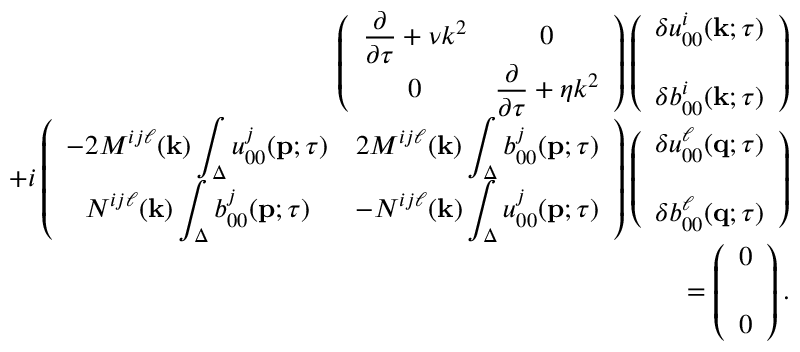
\begin{array} { r l r } & { } & { { \everymath { \displaystyle } \left( { \begin{array} { c c } { \frac { \partial } { \partial \tau } + \nu k ^ { 2 } } & { 0 } \\ { 0 } & { \frac { \partial } { \partial \tau } + \eta k ^ { 2 } } \end{array} } \right) } \left( { \begin{array} { c c } { \delta u _ { 0 0 } ^ { i } ( { \bf { k } } ; \tau ) } \\ { \delta b _ { 0 0 } ^ { i } ( { \bf { k } } ; \tau ) \rule { 0 ex } { 5 ex } } \end{array} } \right) } \\ & { } & { { \everymath { \displaystyle } + i \left( { \begin{array} { c c } { - 2 M ^ { i j \ell } ( { \bf { k } } ) \int _ { \Delta } u _ { 0 0 } ^ { j } ( { \bf { p } } ; \tau ) } & { 2 M ^ { i j \ell } ( { \bf { k } } ) \int _ { \Delta } b _ { 0 0 } ^ { j } ( { \bf { p } } ; \tau ) } \\ { N ^ { i j \ell } ( { \bf { k } } ) \int _ { \Delta } b _ { 0 0 } ^ { j } ( { \bf { p } } ; \tau ) } & { - N ^ { i j \ell } ( { \bf { k } } ) \int _ { \Delta } u _ { 0 0 } ^ { j } ( { \bf { p } } ; \tau ) } \end{array} } \right) \left( { \begin{array} { c } { \delta u _ { 0 0 } ^ { \ell } ( { \bf { q } } ; \tau ) } \\ { \delta b _ { 0 0 } ^ { \ell } ( { \bf { q } } ; \tau ) \rule { 0 ex } { 5 ex } } \end{array} } \right) } } \\ & { } & { = \left( { \begin{array} { c } { 0 } \\ { 0 \rule { 0 ex } { 5 ex } } \end{array} } \right) . } \end{array}